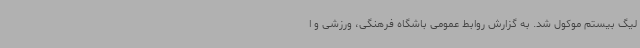
لیگ بیستم موکول شد. به گزارش روابط عمومی باشگاه فرهنگی، ورزشی و ا